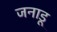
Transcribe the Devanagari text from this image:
जनाडू